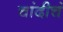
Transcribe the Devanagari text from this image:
चांदीचं